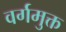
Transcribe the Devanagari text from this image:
वर्गमुक्त